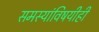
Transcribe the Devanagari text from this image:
समस्यांविषयीही